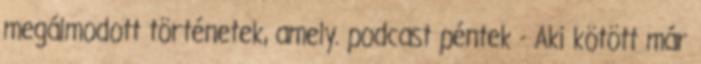
megálmodott történetek, amely. podcast péntek - Aki kötött már